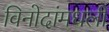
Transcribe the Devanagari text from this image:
विनोदांमधली